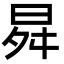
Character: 曻